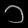
Digit: ၁